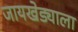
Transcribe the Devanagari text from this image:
जायखेड्याला